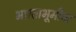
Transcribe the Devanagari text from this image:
भारताभूमीचा